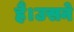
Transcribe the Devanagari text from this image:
हैं।उसने